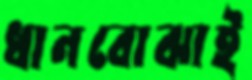
ধানবোঝাই